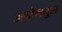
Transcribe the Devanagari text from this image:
अद्दौलतुल